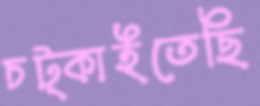
চট্‌কাইতেছি